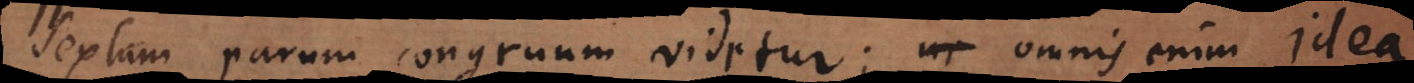
Sextum parum congruum videtur; omnis enim idea